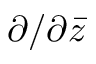
\partial / \partial { \bar { z } }